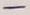
Text: -